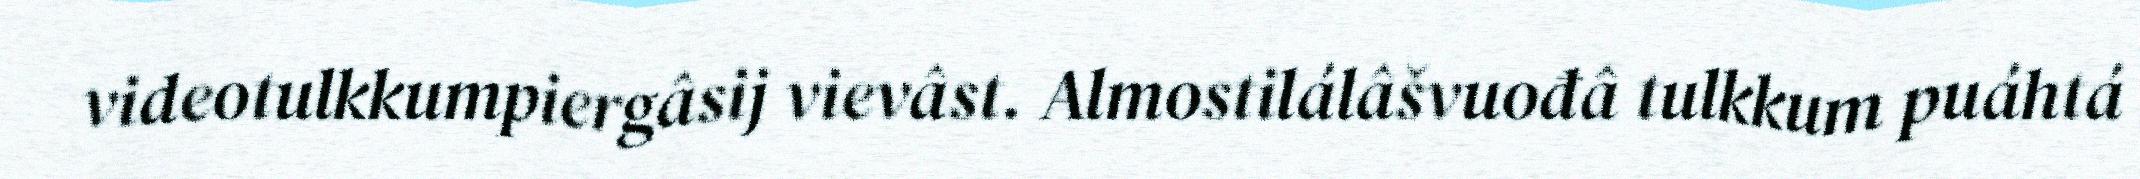
videotulkkumpiergâsij vievâst. Almostilálâšvuođâ tulkkum puáhtá